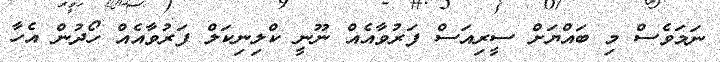
ނަމަވެސް މި ބައްޔަށް ސީރިއަސް ފަރުވާއެއް ނޫނީ ކްލިނިކަލް ފަރުވާއެއް ހޯދުން އެހާ